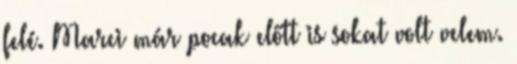
felé. Marci már pocak előtt is sokat volt velem.